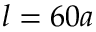
l = 6 0 a